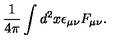
\frac { 1 } { 4 \pi } \int d ^ { 2 } x \epsilon _ { \mu \nu } F _ { \mu \nu } .